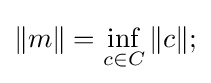
\|m\|=\inf _{c\in C}\|c\|;